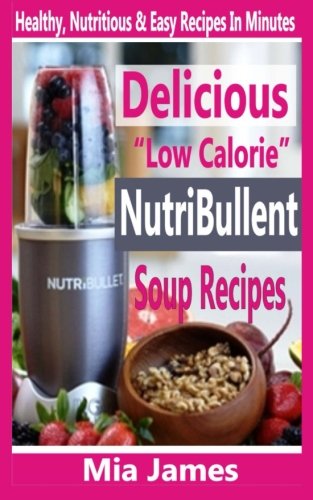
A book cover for Delicious "Low Calorie" Nutribullet Soup Recipes: Healthy, Nutritious & Easy Recipes In Minutes; Mia James; Cookbooks, Food & Wine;